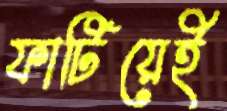
ফাটিয়েই